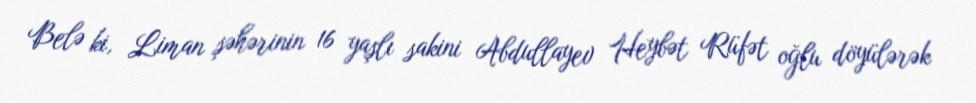
Belə ki, Liman şəhərinin 16 yaşlı sakini Abdullayev Heybət Rüfət oğlu döyülərək